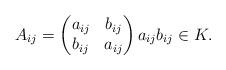
LaTeX: \begin{align*}A_{ij}=\begin{pmatrix}a_{ij} & b_{ij} \\b_{ij} & a_{ij}\end{pmatrix}a_{ij}b_{ij}\in K.\end{align*}